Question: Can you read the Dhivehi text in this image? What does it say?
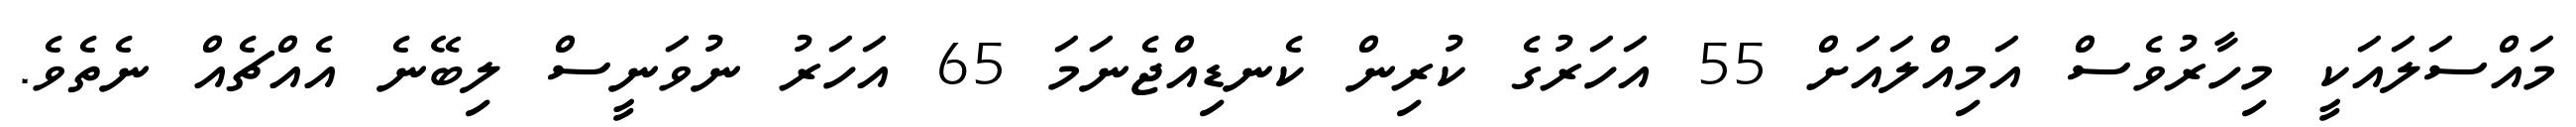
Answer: މައްސަލައަކީ މިހާރުވެސް އަމިއްލައަށް 55 އަހަރުގެ ކުރިން ކެނޑިއްޖެނަމަ 65 އަހަރު ނުވަނީސް ލިބޭނެ އެއްޗެއް ނެތެވެ.